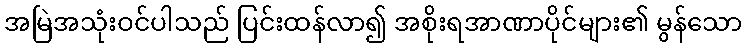
အမြဲအသုံးဝင်ပါသည် ပြင်းထန်လာ၍ အစိုးရအာဏာပိုင်များ၏ မွန်သော